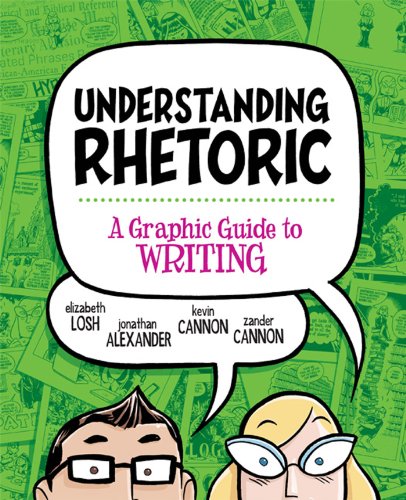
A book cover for Understanding Rhetoric: A Graphic Guide to Writing; Elizabeth Losh; Reference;